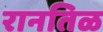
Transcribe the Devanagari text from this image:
रानतिळ